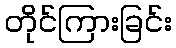
တိုင်ကြားခြင်း